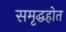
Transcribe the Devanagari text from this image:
समृद्धहोत